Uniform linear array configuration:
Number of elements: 32
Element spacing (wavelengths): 1
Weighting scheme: exponential
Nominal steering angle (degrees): -15
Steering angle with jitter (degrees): -16.285
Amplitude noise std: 0.05
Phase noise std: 0.05

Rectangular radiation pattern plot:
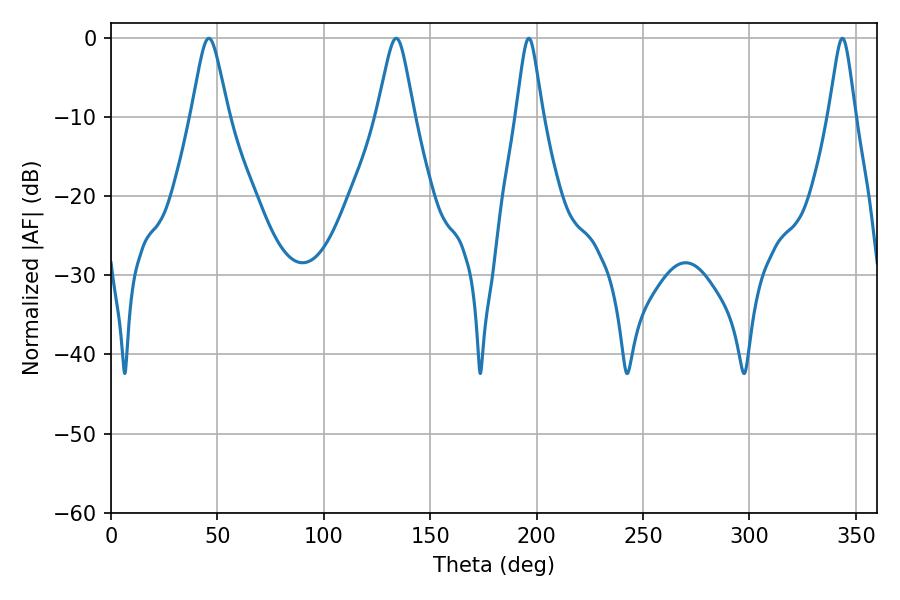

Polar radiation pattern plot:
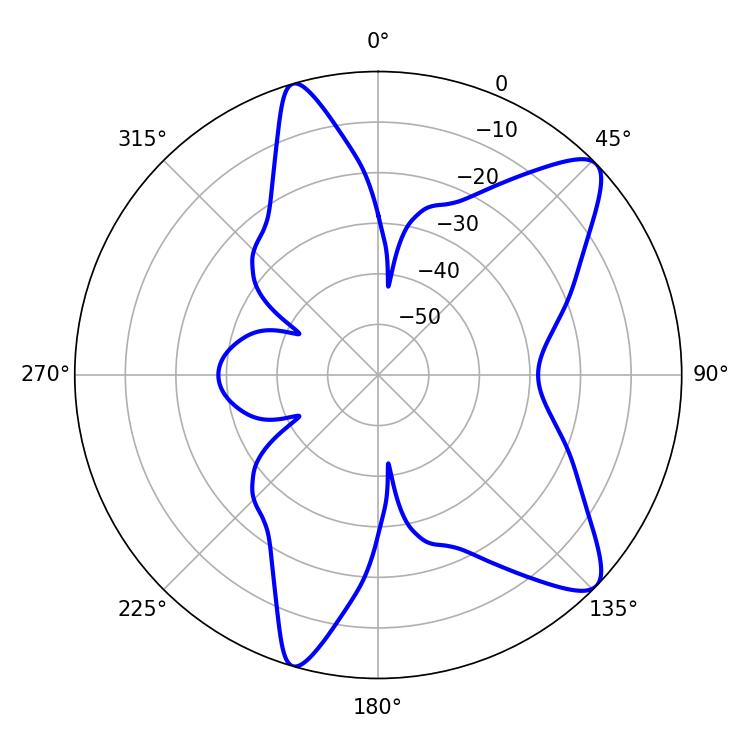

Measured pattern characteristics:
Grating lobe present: TRUE
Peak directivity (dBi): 10.309
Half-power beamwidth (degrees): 8.28
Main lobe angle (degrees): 45.9